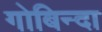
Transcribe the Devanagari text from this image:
गोबिन्दा